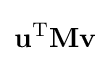
\mathbf {u} ^{\mathrm {T} }\mathbf {M} \mathbf {v}